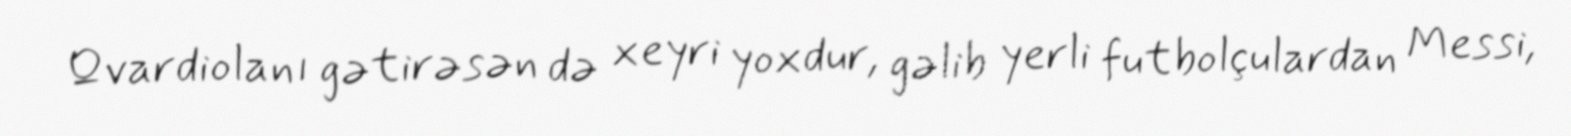
Qvardiolanı gətirəsən də xeyri yoxdur, gəlib yerli futbolçulardan Messi,